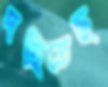
দহিতেছ